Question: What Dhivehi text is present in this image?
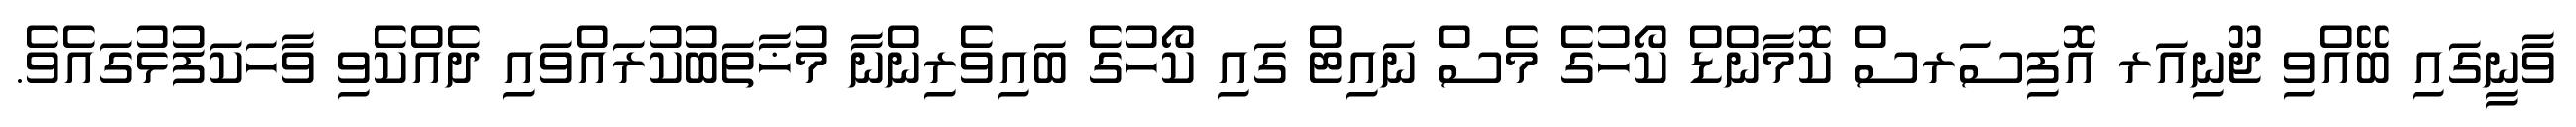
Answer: ވާނީގައި ބޭއްވި ޖޫނިއަރ އޮފިސަރސް ކޮމާންޑް ކޯހުގެ މެސް ނައިޓް ގައި ކޯހުގެ ބައިވެރިންނާ މުޚާތަބުކުރައްވައި ދެއްކެވި ވާހަކަފުޅުގައެވެ.